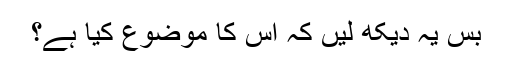
بس یہ دیکھ لیں کہ اس کا موضوع کیا ہے؟